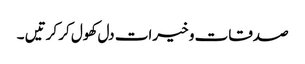
صدقات و خیرات دل کھول کر کرتیں ۔